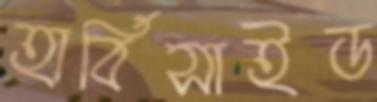
হার্বিসাইড